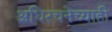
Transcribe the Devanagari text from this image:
अधिरचनेच्याही